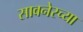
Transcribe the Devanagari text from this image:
सावनेरच्या